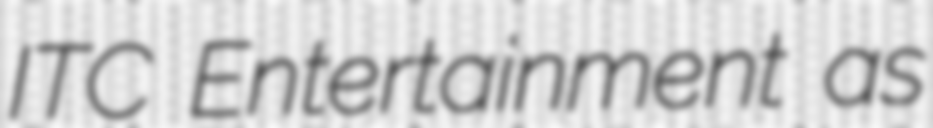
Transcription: ITC Entertainment as